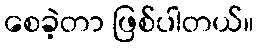
စေခဲ့တာ ဖြစ်ပါတယ်။